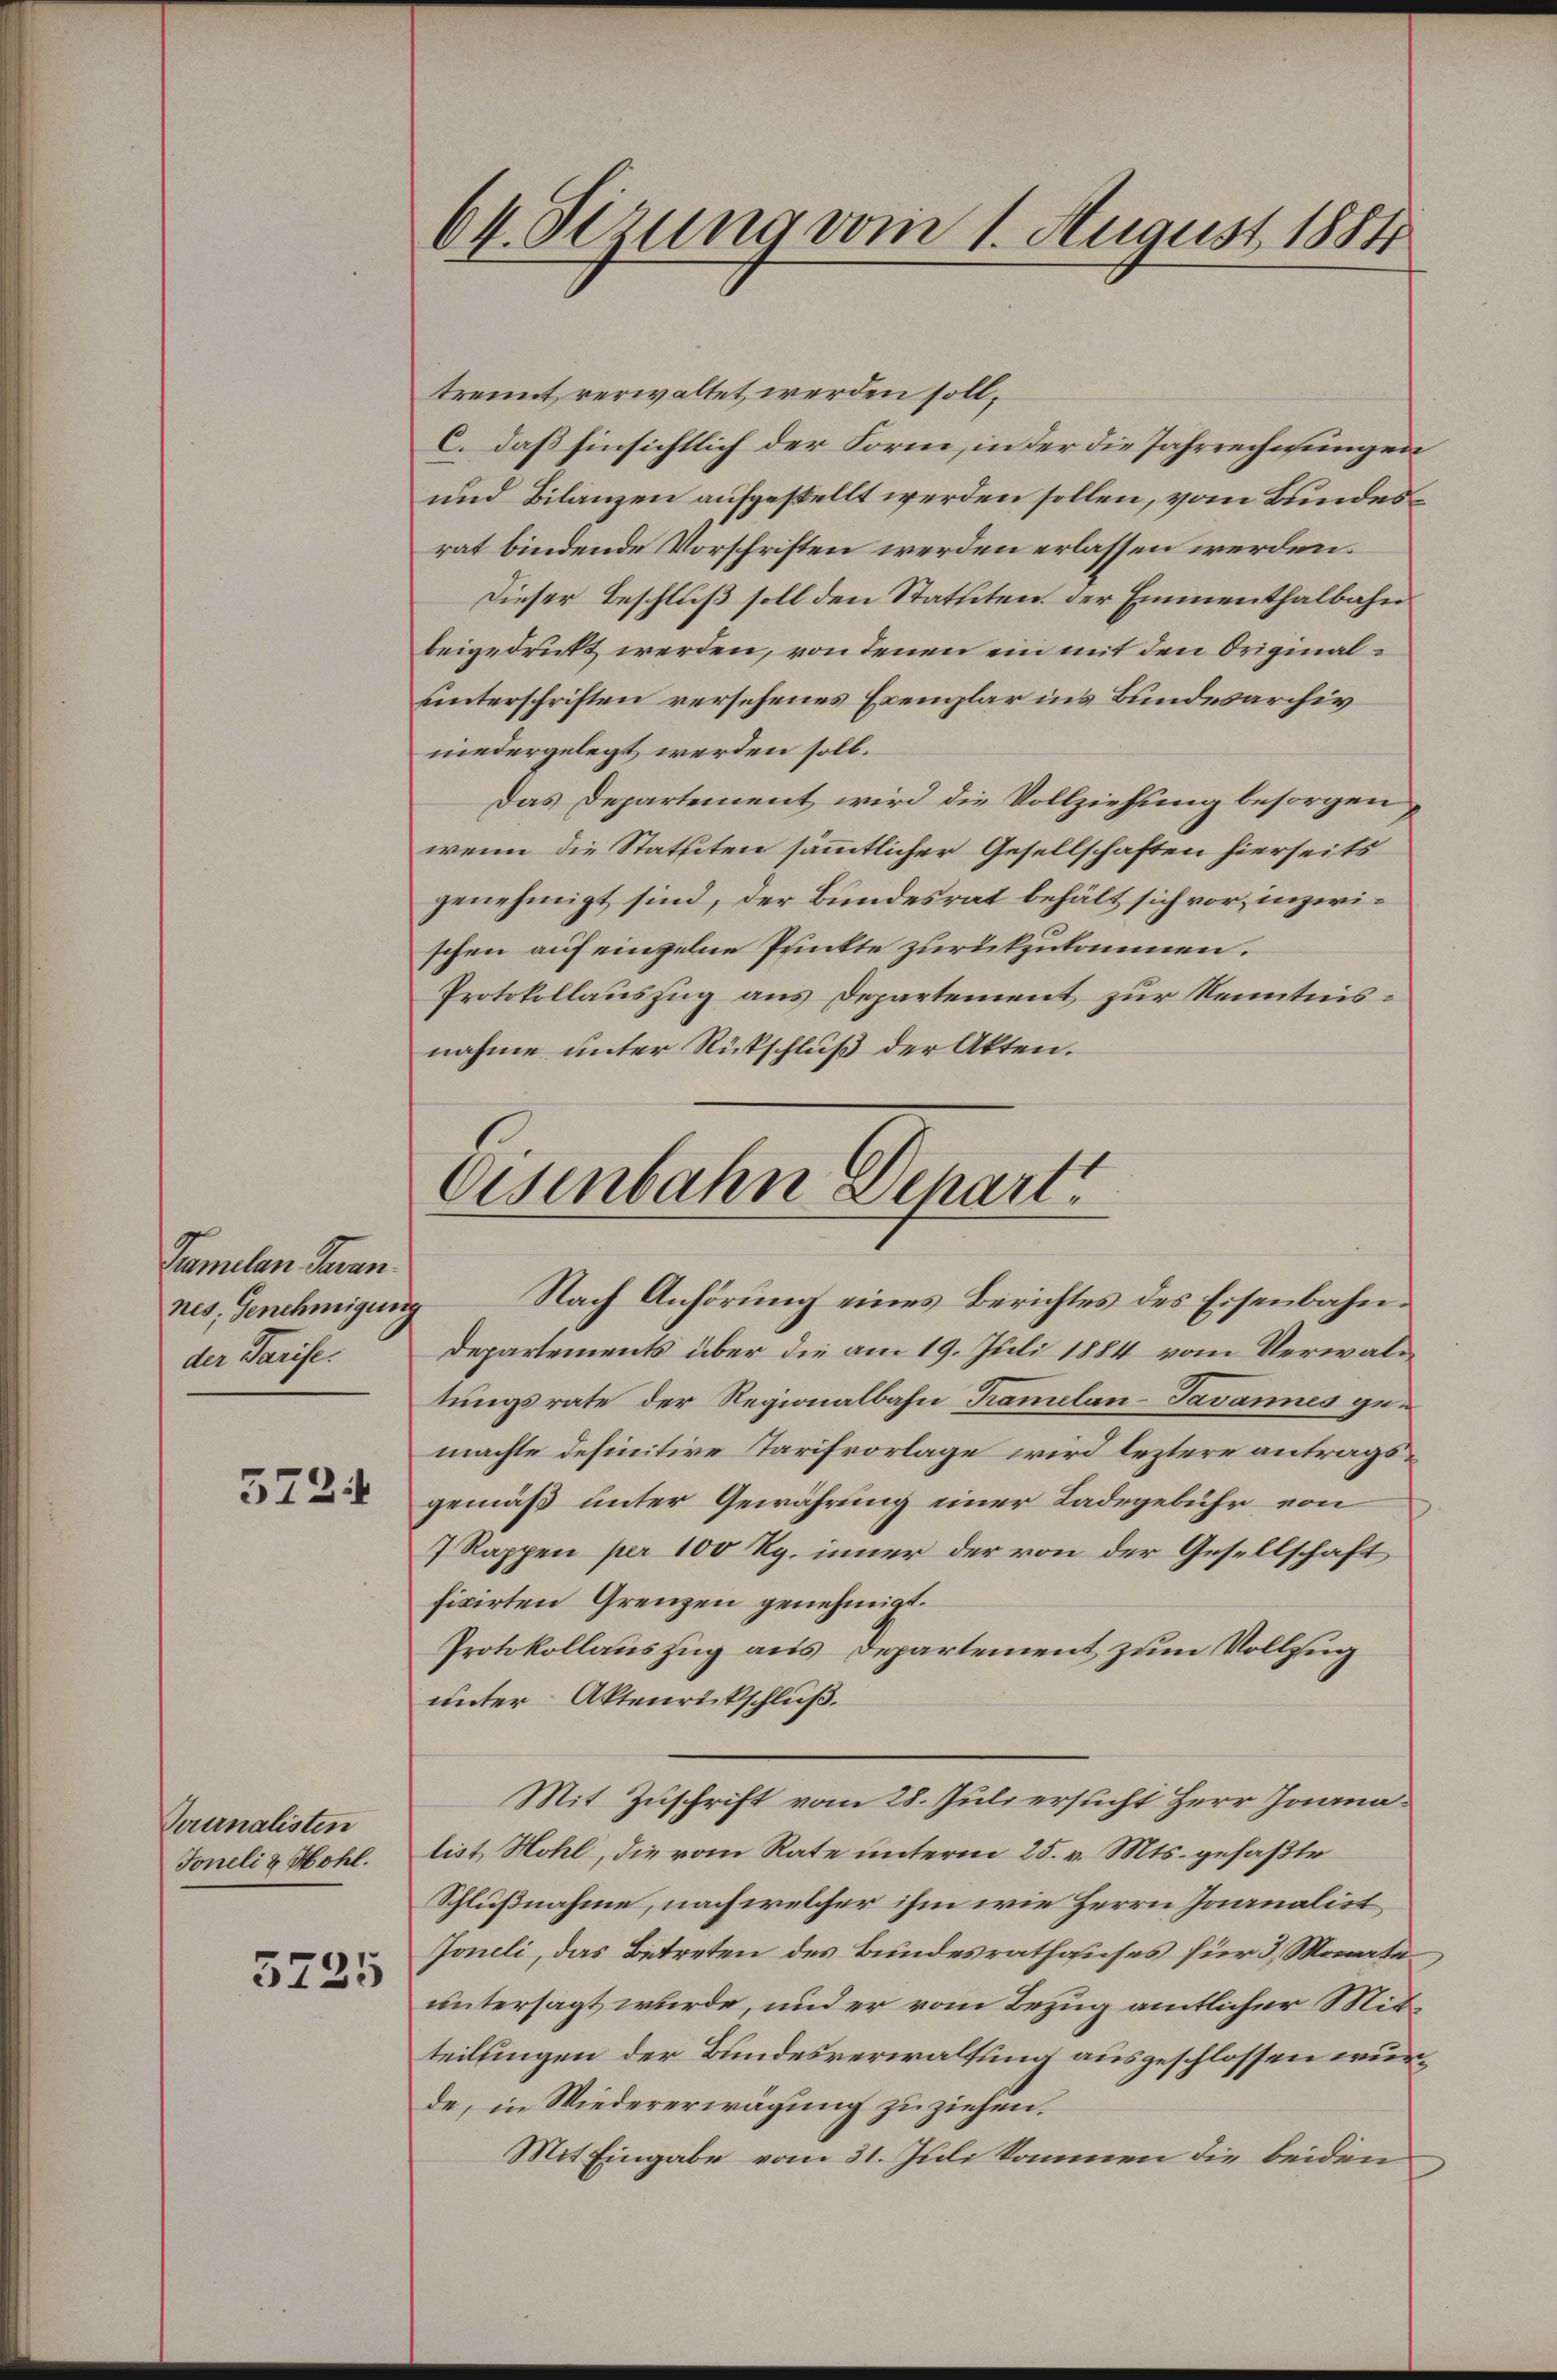
Tamelan Garan.
nes. Genehmigung
der Parise.

5724

Tournalisten
Toneli & Höhl.
5725

64. Sizung vom 1. August 1884

trennt verwaltet werden soll¬
C. daß hinsichtlich der Form, in der die Jahrrechnungen
und Bilanzen aufgestellt werden sollen, vom Bundesrat bindende Vorschriften werden erlassen werden.
Dieser Beschluß soll den Statuten der Emmenthalbahn
beigedruckt werden, von denen ein mit den Originalunterschriften versehenes Exemplar ins Bundesarchiv
niedergelegt werden soll.
Das Departement wird die Vollziehung besorgen
wenn die Statuiten sämmtlicher Gesellschaften hierseits
genehmigt sind, der Bundesrat behält sich vor, inzwischen auf einzelne Punkte zurückzukommen.
Protokollauszug aus Departement zur Kenntnisnahme unter Rückschluß der Akten.

Eisenbahn Schart
Nach Anhörung eines Berichtes des Eisenbahn¬

Departements über die am 19. Juli 1884 vom Verwaltungsrate der Regionalbahn Tramelan-Javannes gemachte definitive Tarifvorlage wird leztere antragsgemäß unter Gewährung einer Ladegebühr von
7 Rappen per 100 Rp. inner der von der Gesellschaft
ficirten Grenzen genehmigt.
Protokollauszug aus Departement zum Vollzug
unter Aktenrückschluß.
Mit Zuschrift vom 28. Juli ersucht Herr Joanalist Hohl, die vom Rate unterm 25. v. Mts. gefaßte
Schlußnahme, nach welcher ihm wie Herrn Joanalist
Joneli, das Betreten des Bundesrathauses für 3 Monate
untersagt wurde, und er vom Bezug amtlicher Mitteilungen der Bundesverwaltung ausgeschlossen wurde, in Wiedererwägung zuziehen.
Mit Eingabe vom 31. Juli kommen die beiden